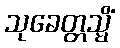
သုခေတ္တသ္မိံ